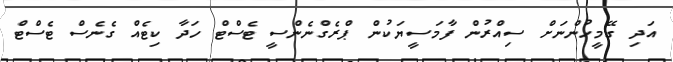
އަދި ގޭމީހުންނަށް ސިއްރުން ފާމަސީޔަކުން ޕްރެގްނެންސީ ޓެސްޓް ހަދާ ކިޓެއް ގެނެސް ޓެސްޓް